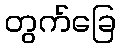
တွက်ခြေ